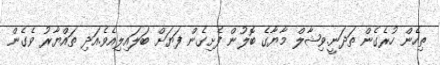
ތިހެން ހުރެގެން ތަދަނީ.ވިޝާލް މާޔާގެ ބޮލުން ފެށިގެން ފަޔަށް ބަލައިލިއެވެ.އަދި ތައްޔާރު ވެގެން